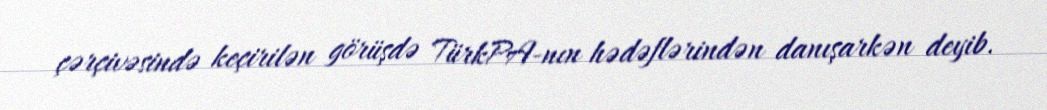
çərçivəsində keçirilən görüşdə TürkPA-nın hədəflərindən danışarkən deyib.